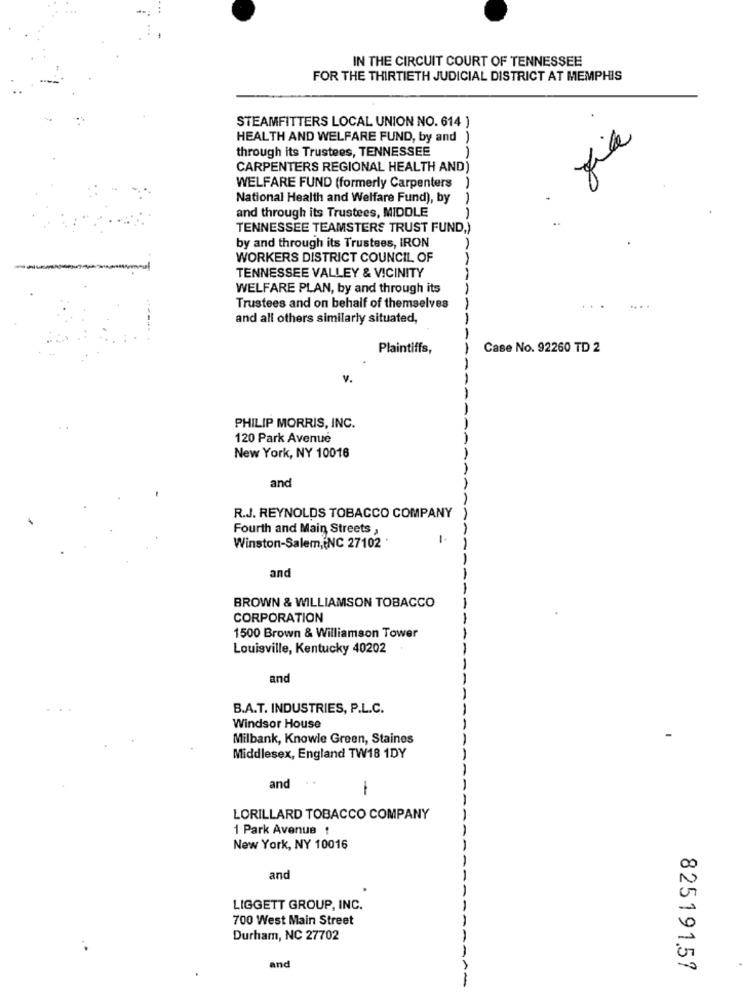
IN THE CIRCUIT COURT OF TENNESSEE
FOR THE THIRTIETH JUDICIAL DISTRICT AT MEMPHIS
STEAMFITTERS LOCAL UNION NO. 614 )
HEALTH AND WELFARE FUND, by and )
through its Trustees, TENNESSEE
CARPENTERS REGIONAL HEALTH AND)
WELFARE FUND (formerly Carpenters )
National Health and Welfare Fund), by
and through its Trustees, MIDDLE
TENNESSEE TEAMSTERS TRUST FUND,)
by and through its Trustees, IRON
WORKERS DISTRICT COUNCIL OF
TENNESSEE VALLEY & VICINITY
WELFARE PLAN, by and through its
----
Trustees and on behalf of themselves
...
and all others similarly situated,
Plaintiffs,
Case No. 92260 TD 2
v.
PHILIP MORRIS, INC.
120 Park Avenue
New York, NY 10016
and
R.J. REYNOLDS TOBACCO COMPANY
Fourth and Main Streets ,
1.
Winston-Salem, NC 27102 .
and
BROWN & WILLIAMSON TOBACCO
CORPORATION
1500 Brown & Williamson Tower
Louisville, Kentucky 40202
and
B.A.T. INDUSTRIES, P.L.C.
Windsor House
Milbank, Knowle Green, Staines
Middlesex, England TW18 1DY
and
LORILLARD TOBACCO COMPANY
1 Park Avenue !
New York, NY 10016
00
and
LIGGETT GROUP, INC.
700 West Main Street
Durham, NC 27702
1
and
825191.57